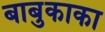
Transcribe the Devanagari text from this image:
बाबुकाका